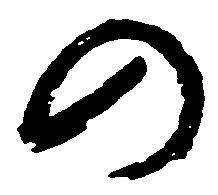
の